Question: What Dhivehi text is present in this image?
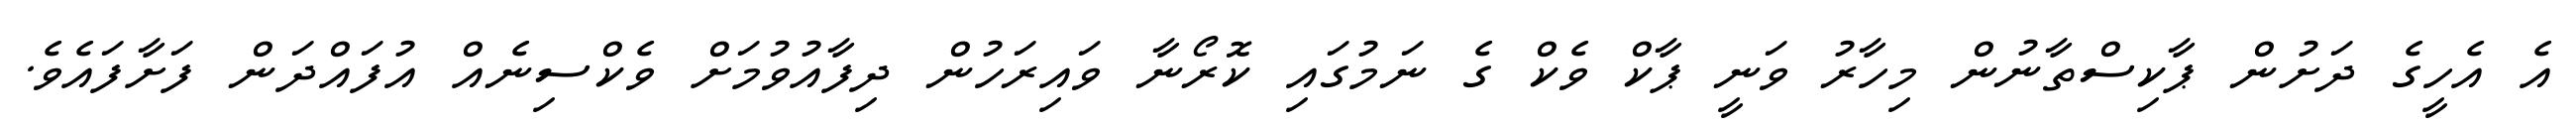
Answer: އެ އެހީގެ ދަށުން ޕާކިސްތާނުން މިހާރު ވަނީ ޕާކް ވެކް ގެ ނަމުގައި ކޮރޯނާ ވައިރަހުން ދިފާއުވުމަށް ވެކްސިނެއް އުފައްދަން ފަށާފައެވެ.